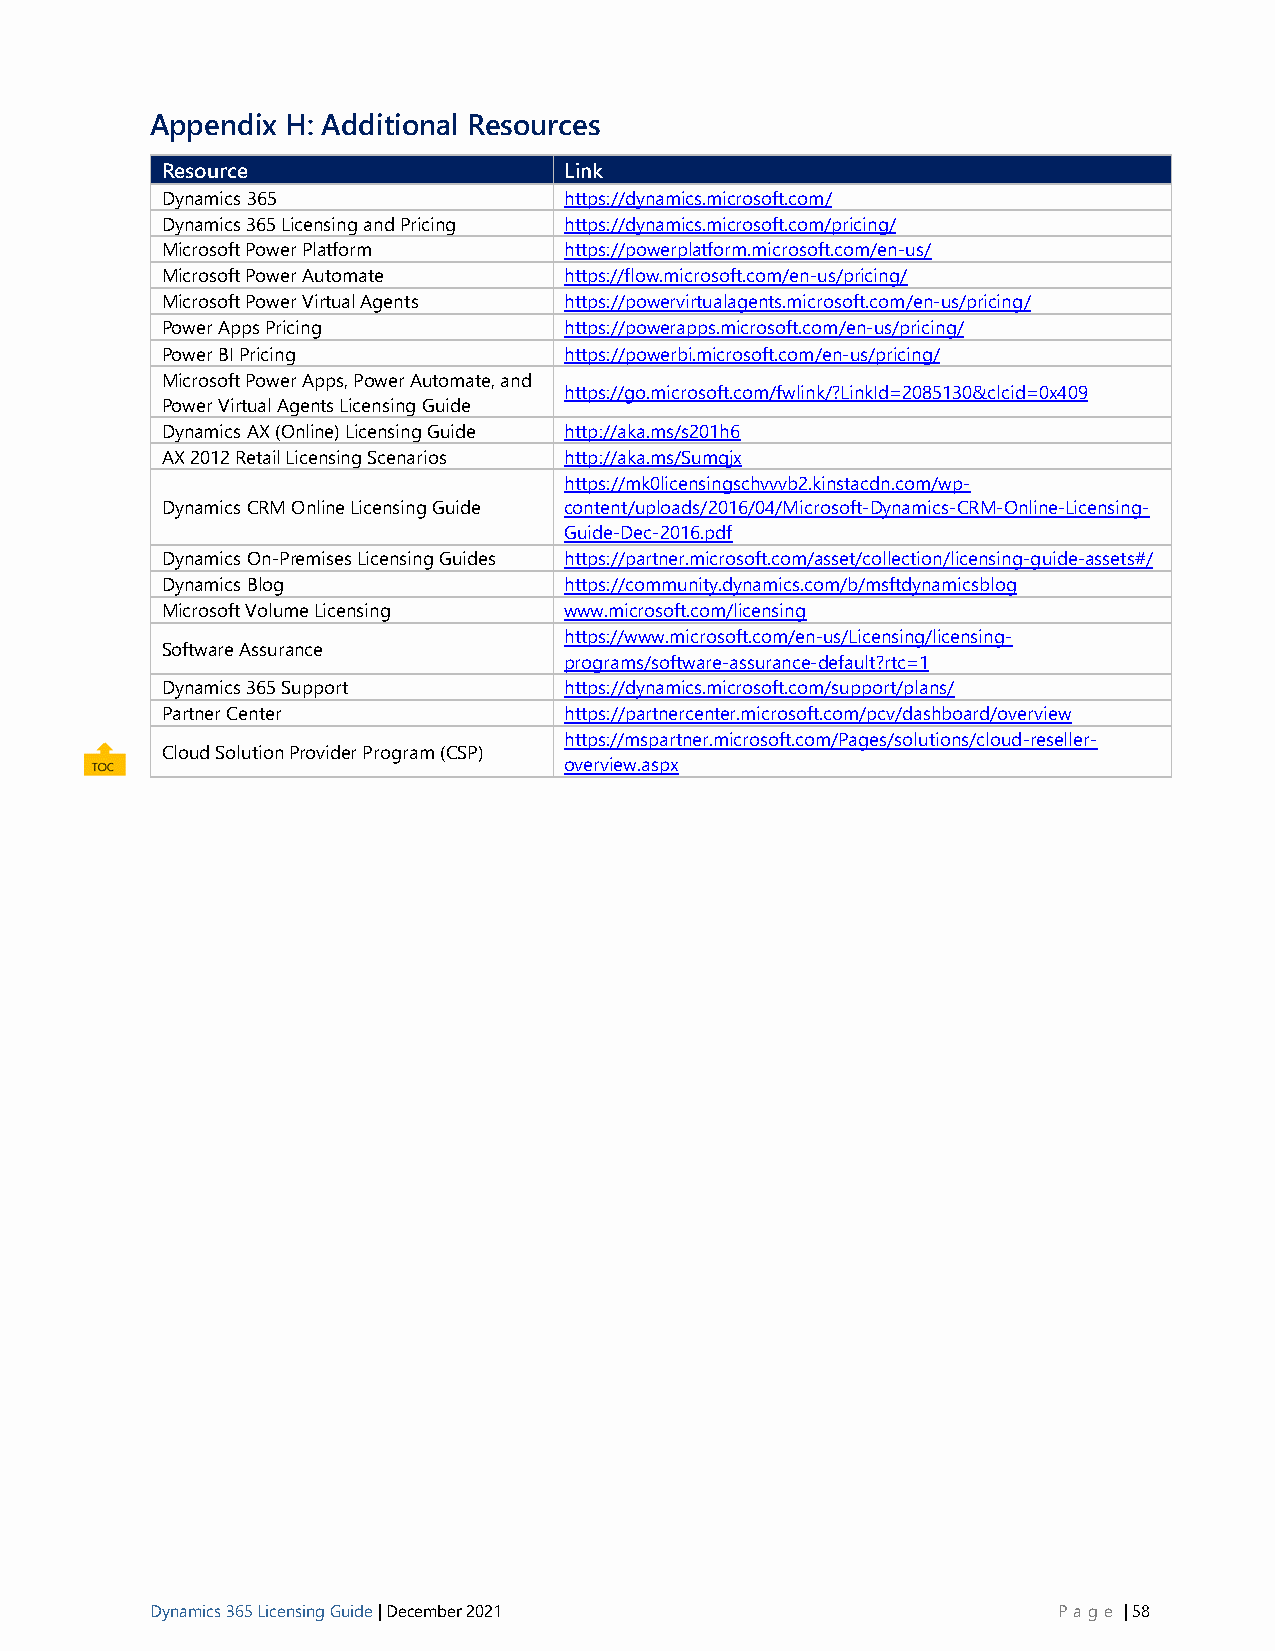
Appendix H: Additional Resources
 Resource                  Link
 Dynamics 365              https://dynamics.microsoft.com/
 Dynamics 365 Licensing and Pricing https://dynamics.microsoft.com/pricing/
 Microsoft Power Platform  https://powerplatform.microsoft.com/en-us/
 Microsoft Power Automate  https://flow.microsoft.com/en-us/pricing/
 Microsoft Power Virtual Agents https://powervirtualagents.microsoft.com/en-us/pricing/
 Power Apps Pricing        https://powerapps.microsoft.com/en-us/pricing/
 Power BI Pricing          https://powerbi.microsoft.com/en-us/pricing/
 Microsoft Power Apps, Power Automate, and
 https://go.microsoft.com/fwlink/?LinkId=2085130&clcid=0x409
 Power Virtual Agents Licensing Guide
 Dynamics AX (Online) Licensing Guide http://aka.ms/s201h6
 AX 2012 Retail Licensing Scenarios http://aka.ms/Sumqjx
 https://mk0licensingschvvvb2.kinstacdn.com/wp-
 Dynamics CRM Online Licensing Guide content/uploads/2016/04/Microsoft-Dynamics-CRM-Online-Licensing-
 Guide-Dec-2016.pdf
 Dynamics On-Premises Licensing Guides https://partner.microsoft.com/asset/collection/licensing-guide-assets#/
 Dynamics Blog             https://community.dynamics.com/b/msftdynamicsblog
 Microsoft Volume Licensing www.microsoft.com/licensing
 https://www.microsoft.com/en-us/Licensing/licensing-
 Software Assurance
 programs/software-assurance-default?rtc=1
 Dynamics 365 Support      https://dynamics.microsoft.com/support/plans/
 Partner Center            https://partnercenter.microsoft.com/pcv/dashboard/overview
 https://mspartner.microsoft.com/Pages/solutions/cloud-reseller-
 Cloud Solution Provider Program (CSP)
 overview.aspx
 Dynamics 365 Licensing Guide | December 2021                P age | 58